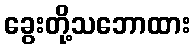
ခွေးတို့သဘောထား